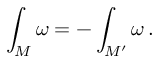
\int _ { M } \omega = - \int _ { M ^ { \prime } } \omega \, .